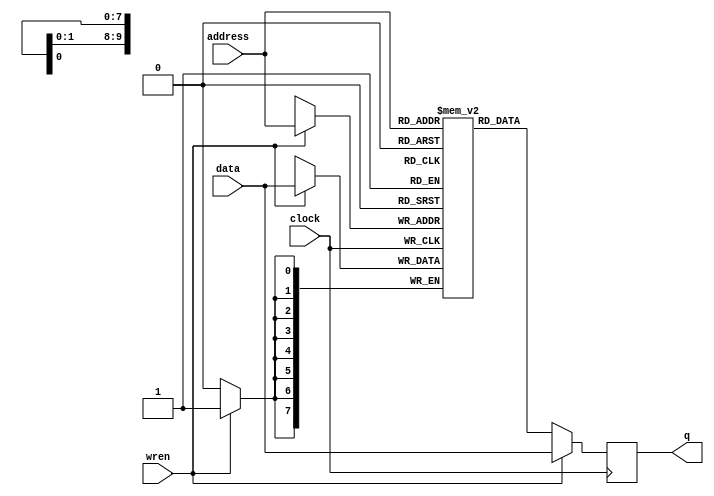
module ram(

input clock,
input wren,
input [9:0]address,
input [7:0]data,
output reg[7:0]q
);

reg [7:0] regfile [1023:0];

always@(posedge clock)begin
if(wren)begin	
	regfile[address] <= data;
        q		 <=data;
end
else begin
	q<= regfile[address];
end

end

endmodule